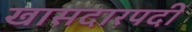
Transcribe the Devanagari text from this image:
खासदारपदी